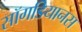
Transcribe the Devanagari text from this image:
सॉगडियानस